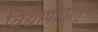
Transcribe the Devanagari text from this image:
विद्यापीठीतून